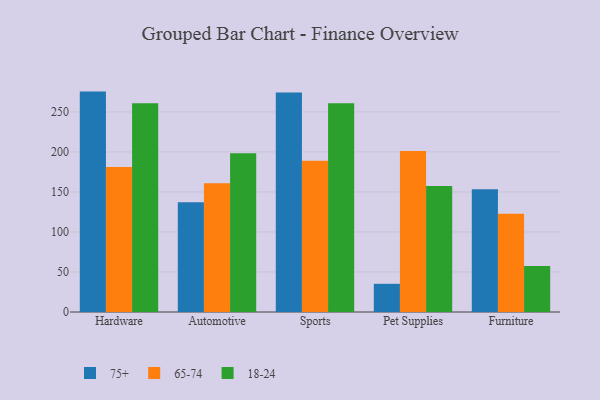
{"axis": {"x": "Category", "y": "Population (Million)"}, "legend": ["18-24", "65-74", "75+"], "data": [{"x": "Hardware", "y": 275.4, "type": "75+"}, {"x": "Hardware", "y": 181.1, "type": "65-74"}, {"x": "Hardware", "y": 260.9, "type": "18-24"}, {"x": "Automotive", "y": 137.0, "type": "75+"}, {"x": "Automotive", "y": 160.9, "type": "65-74"}, {"x": "Automotive", "y": 198.3, "type": "18-24"}, {"x": "Sports", "y": 274.2, "type": "75+"}, {"x": "Sports", "y": 189.1, "type": "65-74"}, {"x": "Sports", "y": 260.7, "type": "18-24"}, {"x": "Pet Supplies", "y": 35.2, "type": "75+"}, {"x": "Pet Supplies", "y": 201.3, "type": "65-74"}, {"x": "Pet Supplies", "y": 157.4, "type": "18-24"}, {"x": "Furniture", "y": 153.5, "type": "75+"}, {"x": "Furniture", "y": 122.8, "type": "65-74"}, {"x": "Furniture", "y": 57.4, "type": "18-24"}]}